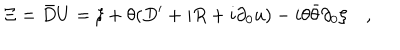
\Xi = \bar { D } U = \xi + \theta ( D ^ { \prime } + i R + i \partial _ { 0 } u ) - i \theta \bar { \theta } \partial _ { 0 } \xi \quad ,